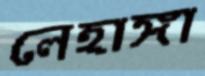
লেহাঙ্গা